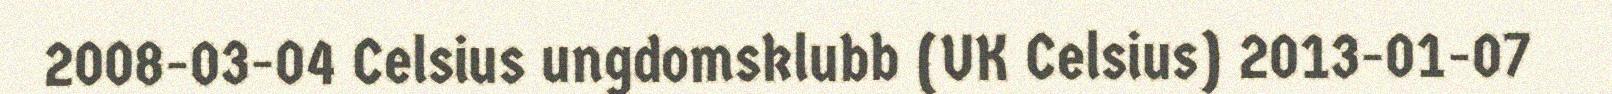
2008-03-04 Celsius ungdomsklubb (UK Celsius) 2013-01-07